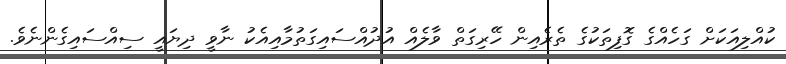
ކުއްލިއަކަށް ގަހެއްގެ ގޮފިތަކުގެ ތެރެއިން ހޭރިގަތް ވާލެއް އުދުއްސައިގަތުމާއިއެކު ނާވީ ދިޔައީ ސިއްސައިގެންނެވެ.